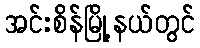
အင်းစိန်မြို့နယ်တွင်